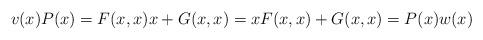
LaTeX: \begin{align*}v(x)P(x) = F(x,x)x + G(x,x) = xF(x,x) + G(x,x) = P(x)w(x)\end{align*}